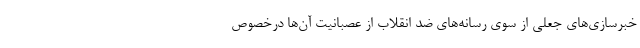
خبرسازی‌های جعلی از سوی رسانه‌های ضد انقلاب از عصبانیت آن‌ها درخصوص